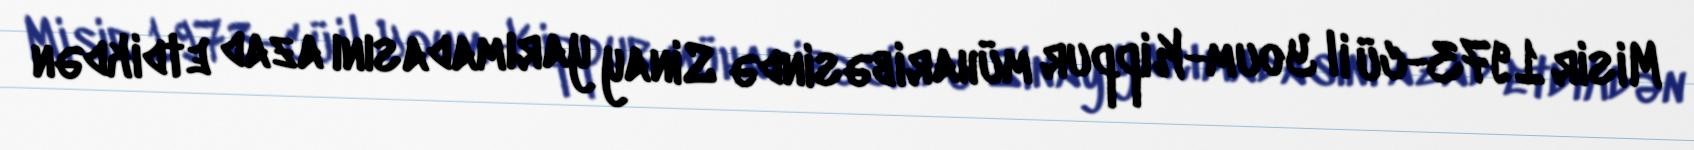
Misir 1973-cü il Youm-Kippur müharibəsində Sinay yarımadasını azad etdikdən